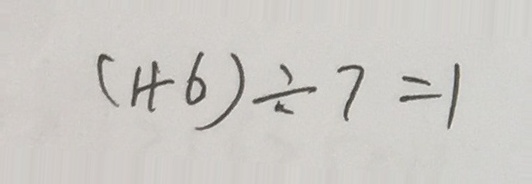
( 1 + 6 ) \div 7 = 1